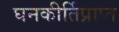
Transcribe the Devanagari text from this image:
घनकीर्तिप्राप्त